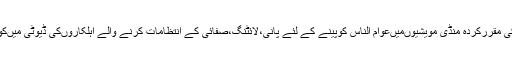
تحصیل میونسپل کمیٹی وزیرآبادکی مقررکردہ منڈی مویشیوںمیںعوام الناس کوپینے کے لئے پانی،لائٹنگ،صفائی کے انتظامات کرنے والے اہلکاروںکی ڈیوٹی میںکوتا ہی برداشت نہیںکی جائے گی۔